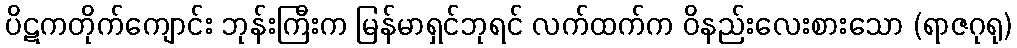
ပိဋကတိုက်ကျောင်း ဘုန်းကြီးက မြန်မာရှင်ဘုရင် လက်ထက်က ဝိနည်းလေးစားသော (ရာဇဂုရု)